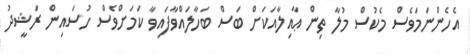
އެހެންނަމަވެސް މެކުސް މުލާ ތިން ޢާއިލާއަކަށް ބަސް ބަހާލައްވާފައިވާ ކަމަށްވެސް ހުސައިން ރަޝީދު